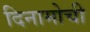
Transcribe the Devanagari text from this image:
दिनामोची